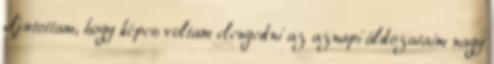
eljutottam, hogy képes voltam elengedni az aznapi áldozataim nagy